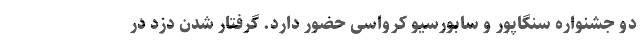
دو جشنواره سنگاپور و سابوِرسیو کرواسی حضور دارد. گرفتار شدن دزد در